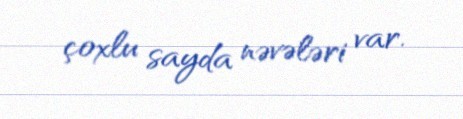
çoxlu sayda nəvələri var.